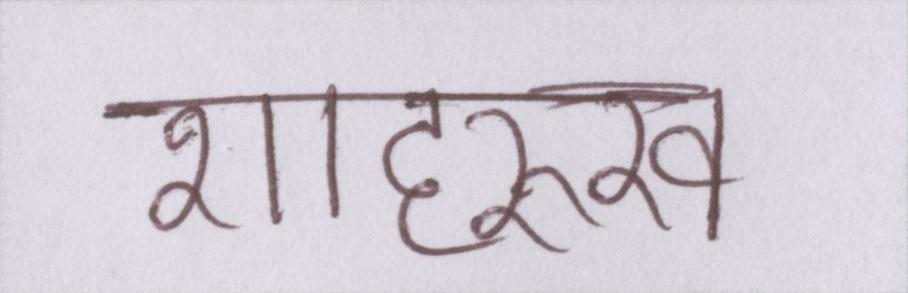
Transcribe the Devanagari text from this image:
शाहरुख